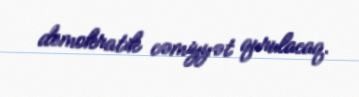
demokratik cəmiyyət qurulacaq.